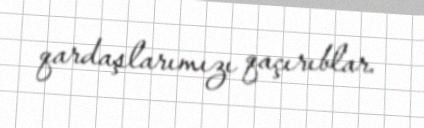
qardaşlarımızı qaçırıblar.